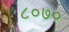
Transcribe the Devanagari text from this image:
८०७०